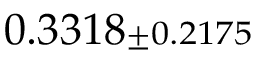
0 . 3 3 1 8 { \scriptstyle \pm 0 . 2 1 7 5 }